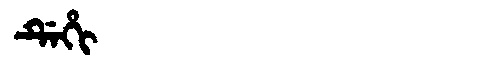
Manchu: ᡩᡝᡥᡳ
Romanization: DEHI